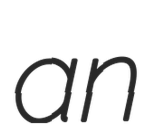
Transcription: an